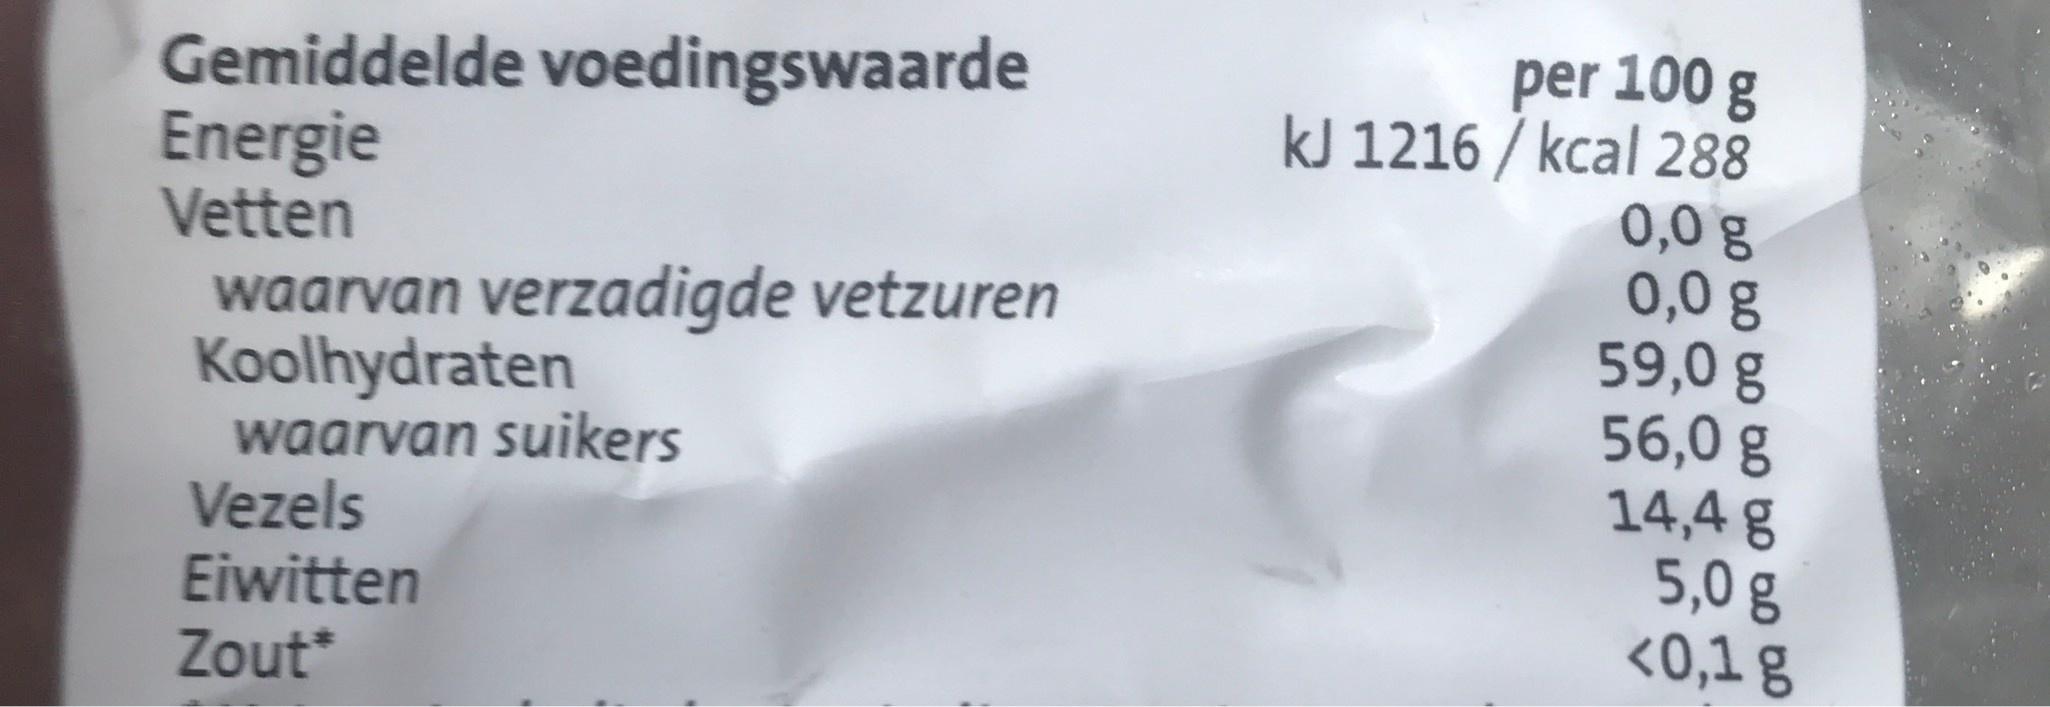
per 100 g kJ 1216 / kcal 288 0,0 g 0,0 g 59,0 g 56,0 g 14,4 g 5,0 g <0,1 g Gemiddelde voedingswaarde Energie Vetten waarvan verzadigde vetzuren Koolhydraten waarvan suikers Vezels Eiwitten Zout*